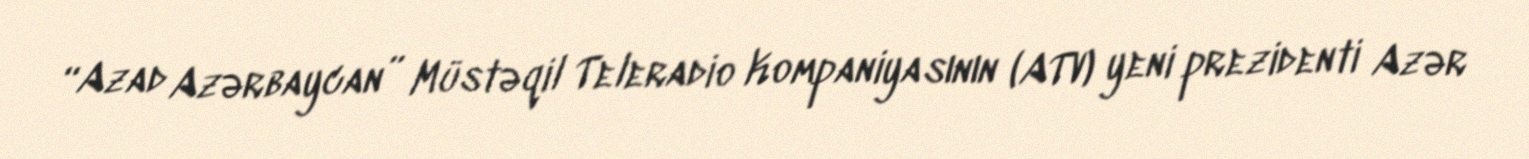
“Azad Azərbaycan” Müstəqil Teleradio Kompaniyasının (ATV) yeni prezidenti Azər